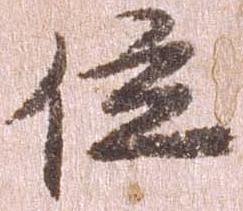
位